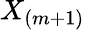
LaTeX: X_{(m+1)}